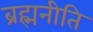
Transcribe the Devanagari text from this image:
ब्रह्मनीति